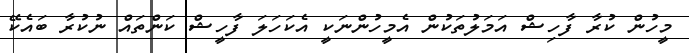
މީހުން ކުރާ ފާހިޝް އަމަލުތަކުން އެމީހުންނަކީ އެކަހަލަ ފާހީޝް ކަންތައް ނުކުރާ ބައެކޭ